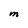
Character: M